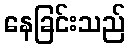
နေခြင်းသည်